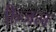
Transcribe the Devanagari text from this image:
फ़ैजल